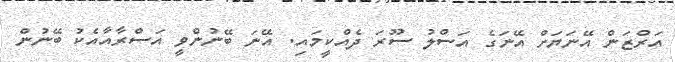
އަރްޒަން އޭނަޔަށް އޭނަގެ އަސްލު ސޫރަ ދެއްކީމައި. އޭނަ ބޭނުންވީ އަސްރާއާއެކު ބޭނުން